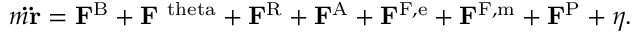
m \mathbf { \ddot { r } } = \mathbf { F } ^ { \mathrm { B } } + \mathbf { F } ^ { \mathrm { \ t h e t a } } + \mathbf { F } ^ { \mathrm { R } } + \mathbf { F } ^ { \mathrm { A } } + \mathbf { F } ^ { \mathrm { F , e } } + \mathbf { F } ^ { \mathrm { F , m } } + \mathbf { F } ^ { \mathrm { P } } + \eta .